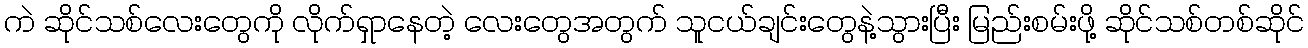
ကဲ ဆိုင်သစ်လေးတွေကို လိုက်ရှာနေတဲ့ လေးတွေအတွက် သူငယ်ချင်းတွေနဲ့သွားပြီး မြည်းစမ်းဖို့ ဆိုင်သစ်တစ်ဆိုင်